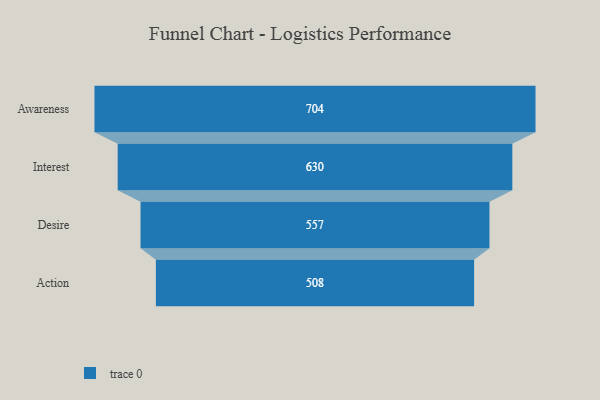
{"axis": {"x": "Stage", "y": "Value"}, "legend": [""], "data": [{"x": "Awareness", "y": 704.0, "type": ""}, {"x": "Interest", "y": 630.0, "type": ""}, {"x": "Desire", "y": 557.0, "type": ""}, {"x": "Action", "y": 508.0, "type": ""}]}